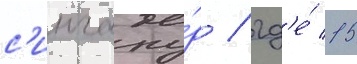
с'ингапу́р / гд'е́ 15